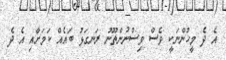
އެ ދެ މީހުންނަކީ ވެސް ވިސްނުންތޫނު ރަނގަޅު ބައެއް ކަމަށާއި އެ ދެ